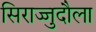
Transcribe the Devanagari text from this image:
सिराज्जुदौला